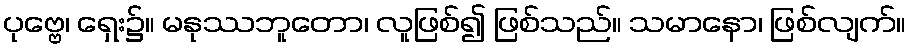
ပုဗ္ဗေ၊ ရှေး၌။ မနုဿဘူတော၊ လူဖြစ်၍ ဖြစ်သည်။ သမာနော၊ ဖြစ်လျက်။